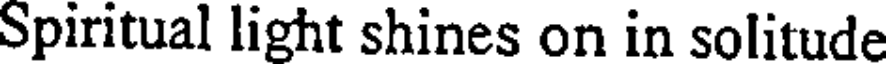
Spiritual light shines on in solitude